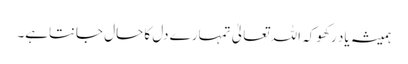
ہمیشہ یاد رکھو کہ اللہ تعالیٰ تمہارے دل کا حال جانتاہے۔